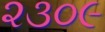
૨૩૦૯